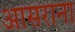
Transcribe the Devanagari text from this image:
आसराना